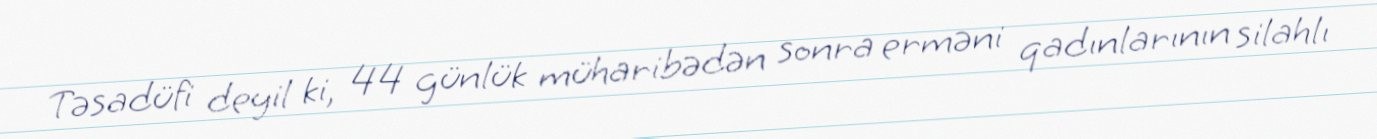
Təsadüfi deyil ki, 44 günlük müharibədən sonra erməni qadınlarının silahlı